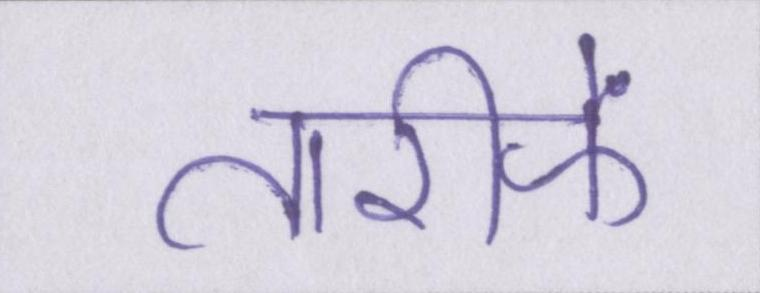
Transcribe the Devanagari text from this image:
तारीफें